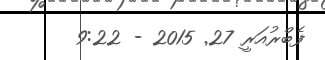
ފެބްރުއަރީ 27